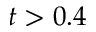
t > 0 . 4